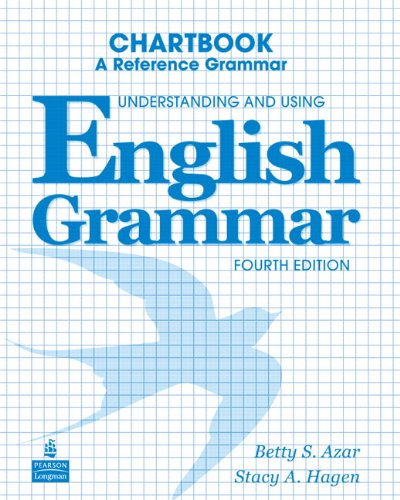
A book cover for Understanding and Using English Grammar Chartbook; Betty Schrampfer Azar; Reference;